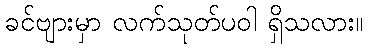
ခင်ဗျားမှာ လက်သုတ်ပဝါ ရှိသလား။